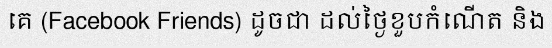
គេ (Facebook Friends) ដូចជា ដល់ថ្ងៃខួបកំណើត និង